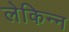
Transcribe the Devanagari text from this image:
लेकिन्न